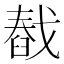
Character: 㦼